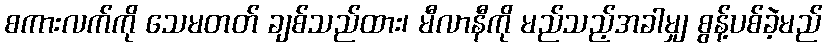
စကားလက်ကို သေမတတ် ချစ်သည်ထား၊ မီလာနီကို မည်သည့်အခါမျှ စွန့်ပစ်ခဲ့မည်